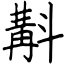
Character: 斠